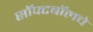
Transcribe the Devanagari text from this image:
सॉफ्टबॉलचे